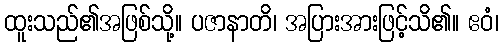
ထူးသည်၏အဖြစ်သို့။ ပဇာနာတိ၊ အပြားအားဖြင့်သိ၏။ ဧဝံ၊